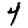
Digit: 4